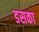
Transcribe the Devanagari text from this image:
डसका